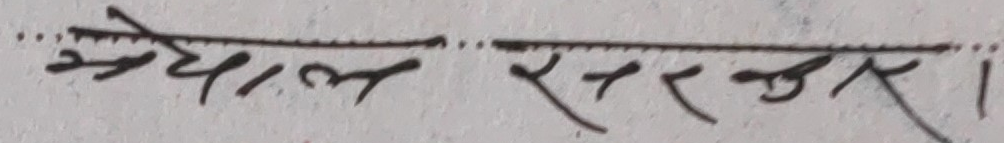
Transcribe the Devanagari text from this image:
भेपाल सरकार